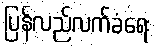
ပြန်လည်လက်ခံရေး